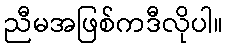
ညီမအဖြစ်ကဒီလိုပါ။